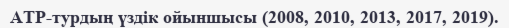
ATP-турдың үздік ойыншысы (2008, 2010, 2013, 2017, 2019).